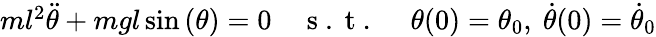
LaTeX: \begin{array}{r}{ml^{2}\ddot{\theta}+mgl\sin{(\theta)}=0\quad\mathrm{~s~.~t~.~}\quad\theta(0)=\theta_{0},\ \dot{\theta}(0)=\dot{\theta}_{0}}\end{array}